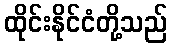
ထိုင်းနိုင်ငံတို့သည်